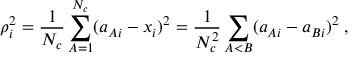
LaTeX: \rho _ { i } ^ { 2 } = \frac { 1 } { N _ { c } } \sum _ { A = 1 } ^ { N _ { c } } ( a _ { A i } - x _ { i } ) ^ { 2 } = \frac { 1 } { N _ { c } ^ { 2 } } \sum _ { A < B } ( a _ { A i } - a _ { B i } ) ^ { 2 } \; ,